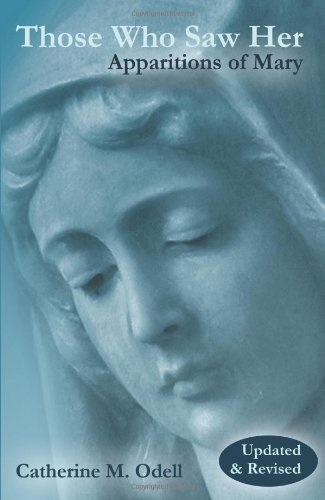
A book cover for Those Who Saw Her, Revised and Updated: Apparitions of Mary; Catherine M. Odell; Christian Books & Bibles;